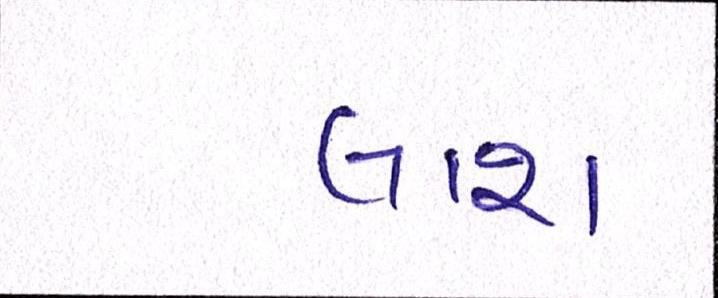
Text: લાશ